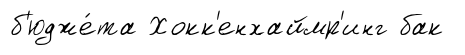
б'юдже́та Хокк'енхаймр'инг бак